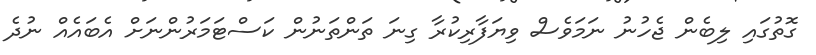
ގޮތުގައި ލިބެން ޖެހުނު ނަމަވެސް ވިޔަފާރިކުރާ ގިނަ ތަންތަނުން ކަސްޓަމަރުންނަށް އެބައެއް ނުދެ